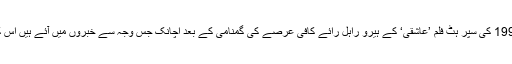
فلسماز مہیش بھٹ کی سنہ 1990 کی سپر ہٹ فلم ’عاشقی‘ کے ہیرو راہل رائے کافی عرصے کی گمنامی کے بعد اچانک جس وجہ سے خبروں میں آئے ہیں اس کا انھیں ذرا بھی اندازہ نہں تھا۔